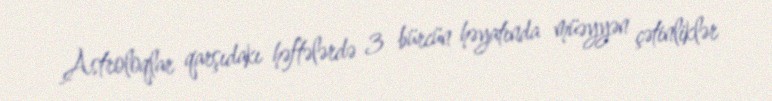
Astroloqlar qarşıdakı həftələrdə 3 bürcün həyatında müəyyən çətinliklər